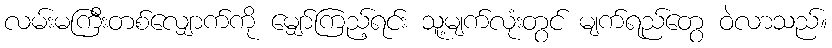
လမ်းမကြီးတစ်လျှောက်ကို မျှော်ကြည့်ရင်း သူ့မျက်လုံးတွင် မျက်ရည်တွေ ဝဲလာသည်။